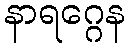
နာရဂ္ဂေန